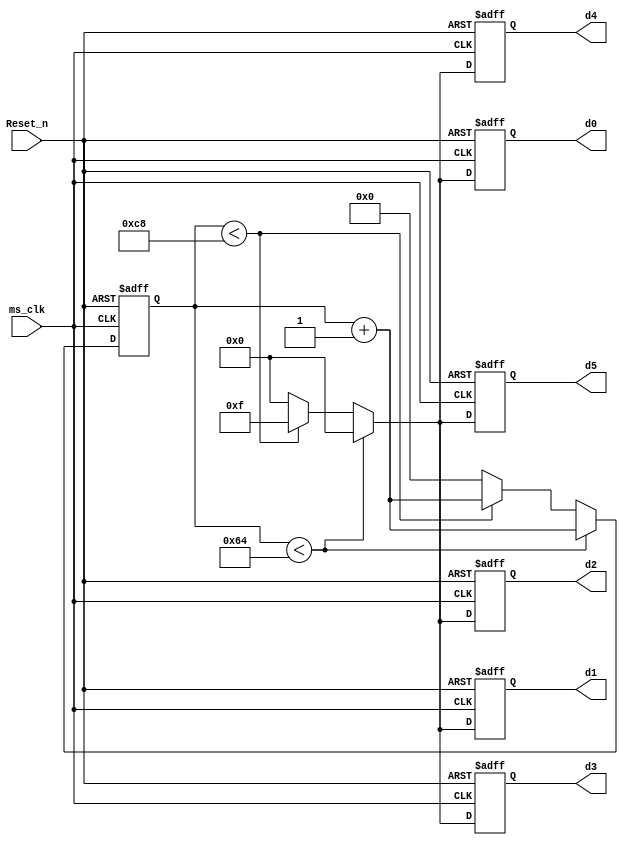
module blinkHEX(input ms_clk, Reset_n, output reg [3:0] d0, d1, d2, d3, d4,d5);
	//to make HEX LEDs display 0s and to be off alternatively.
	parameter factor=200; 
	
	reg [11:0] countQ;    //2's power of 12 is 4096, well enough in ms to blink LED

	
	always @ (posedge ms_clk, negedge Reset_n)
	begin
		if (!Reset_n) begin
				countQ<=0;
				d0<=4'b0000;
				d1<=4'b0000;
				d2<=4'b0000;
				d3<=4'b0000;
				d4<=4'b0000;
				d5<=4'b0000;
				
			end 
		else 	begin 
				if (countQ<factor/2) 
					begin
						countQ<=countQ+1;
						d0<=4'b0000;
						d1<=4'b0000;
						d2<=4'b0000;
						d3<=4'b0000;
						d4<=4'b0000;
						d5<=4'b0000;
					end
				else if (countQ<factor)
					begin
						countQ<=countQ+1;
						d0<=4'b1111;
						d1<=4'b1111;
						d2<=4'b1111;
						d3<=4'b1111;
						d4<=4'b1111;
						d5<=4'b1111;
					end
				else	//countQ==factor					
					begin 
						countQ<=0;
						d0<=4'b0000;
						d1<=4'b0000;
						d2<=4'b0000;
						d3<=4'b0000;
						d4<=4'b0000;
						d5<=4'b0000;
					end	
					
		end  //end else 

	end  //alwas
			
			
endmodule